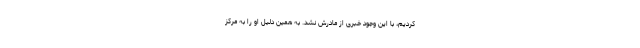
کردیم، با این وجود خبری از مادرش نشد. به همین دلیل او را به مرکز